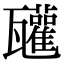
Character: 𤮳